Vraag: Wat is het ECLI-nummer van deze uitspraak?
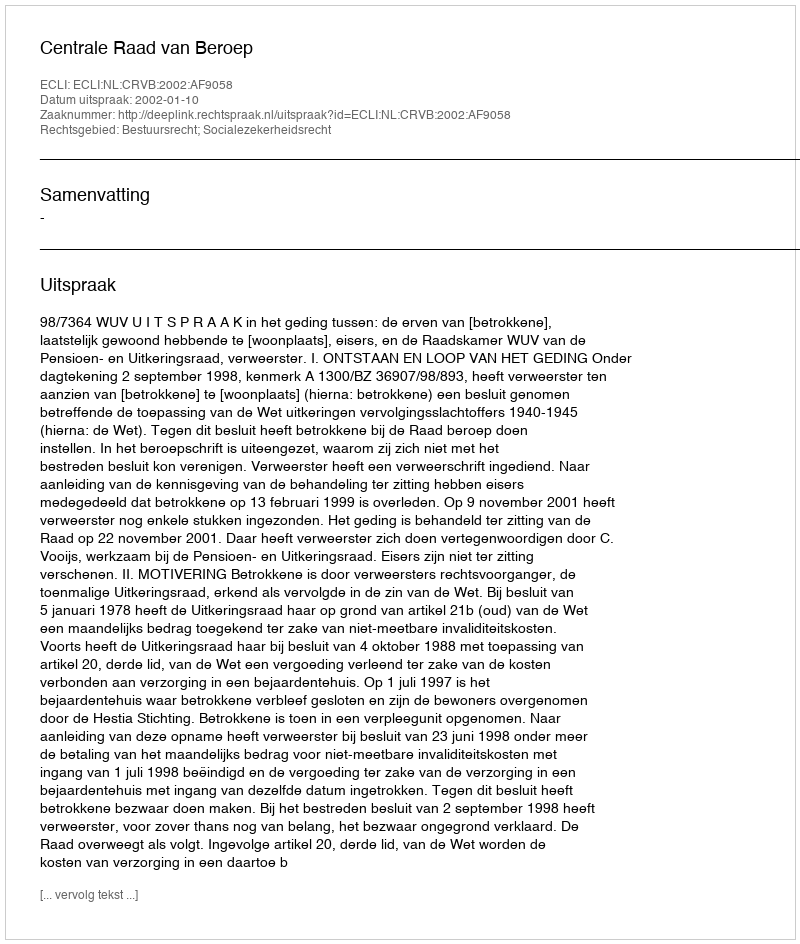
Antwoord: ECLI:NL:CRVB:2002:AF9058